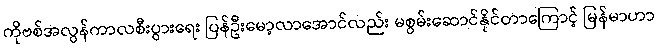
ကိုဗစ်အလွန်ကာလစီးပွားရေး ပြန်ဦးမော့လာအောင်လည်း မစွမ်းဆောင်နိုင်တာကြောင့် မြန်မာဟာ